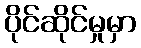
ပိုင်ဆိုင်မှုမှာ